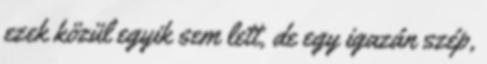
ezek közül egyik sem lett, de egy igazán szép,